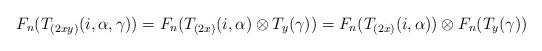
LaTeX: \begin{align*}F_n(T_{(2xy)}(i,\alpha,\gamma))=F_n(T_{(2x)}(i,\alpha)\otimes T_y(\gamma))=F_n(T_{(2x)}(i,\alpha))\otimes F_n(T_y(\gamma))\end{align*}